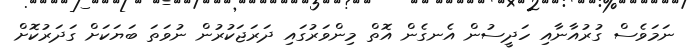
ނަމަވެސް ގުރުއާނާއި ހަދީސުން އެނގެން އޮތް މިންވަރުގައި ދަރަޖަކުރުން ނުވަތަ ބަޔަކަށް ގަދަރުކޮށް